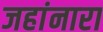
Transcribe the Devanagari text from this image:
जहांनारा